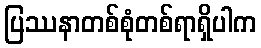
ပြဿနာတစ်စုံတစ်ရာရှိပါက